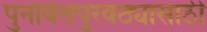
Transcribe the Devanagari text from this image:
पुनर्वित्तपुरवठ्यासाठी